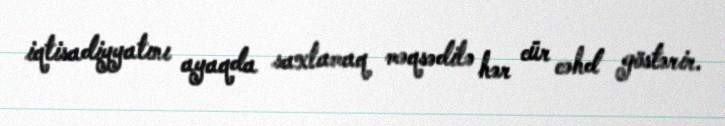
iqtisadiyyatını ayaqda saxlamaq məqsədilə hər cür cəhd göstərir.